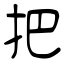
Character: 把